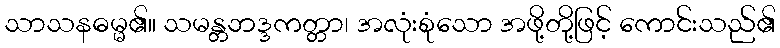
သာသနဓမ္မ၏။ သမန္တဘဒ္ဒကတ္တာ၊ အလုံးစုံသော အဖို့တို့ဖြင့် ကောင်းသည်၏